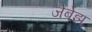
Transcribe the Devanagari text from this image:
जेबेझ